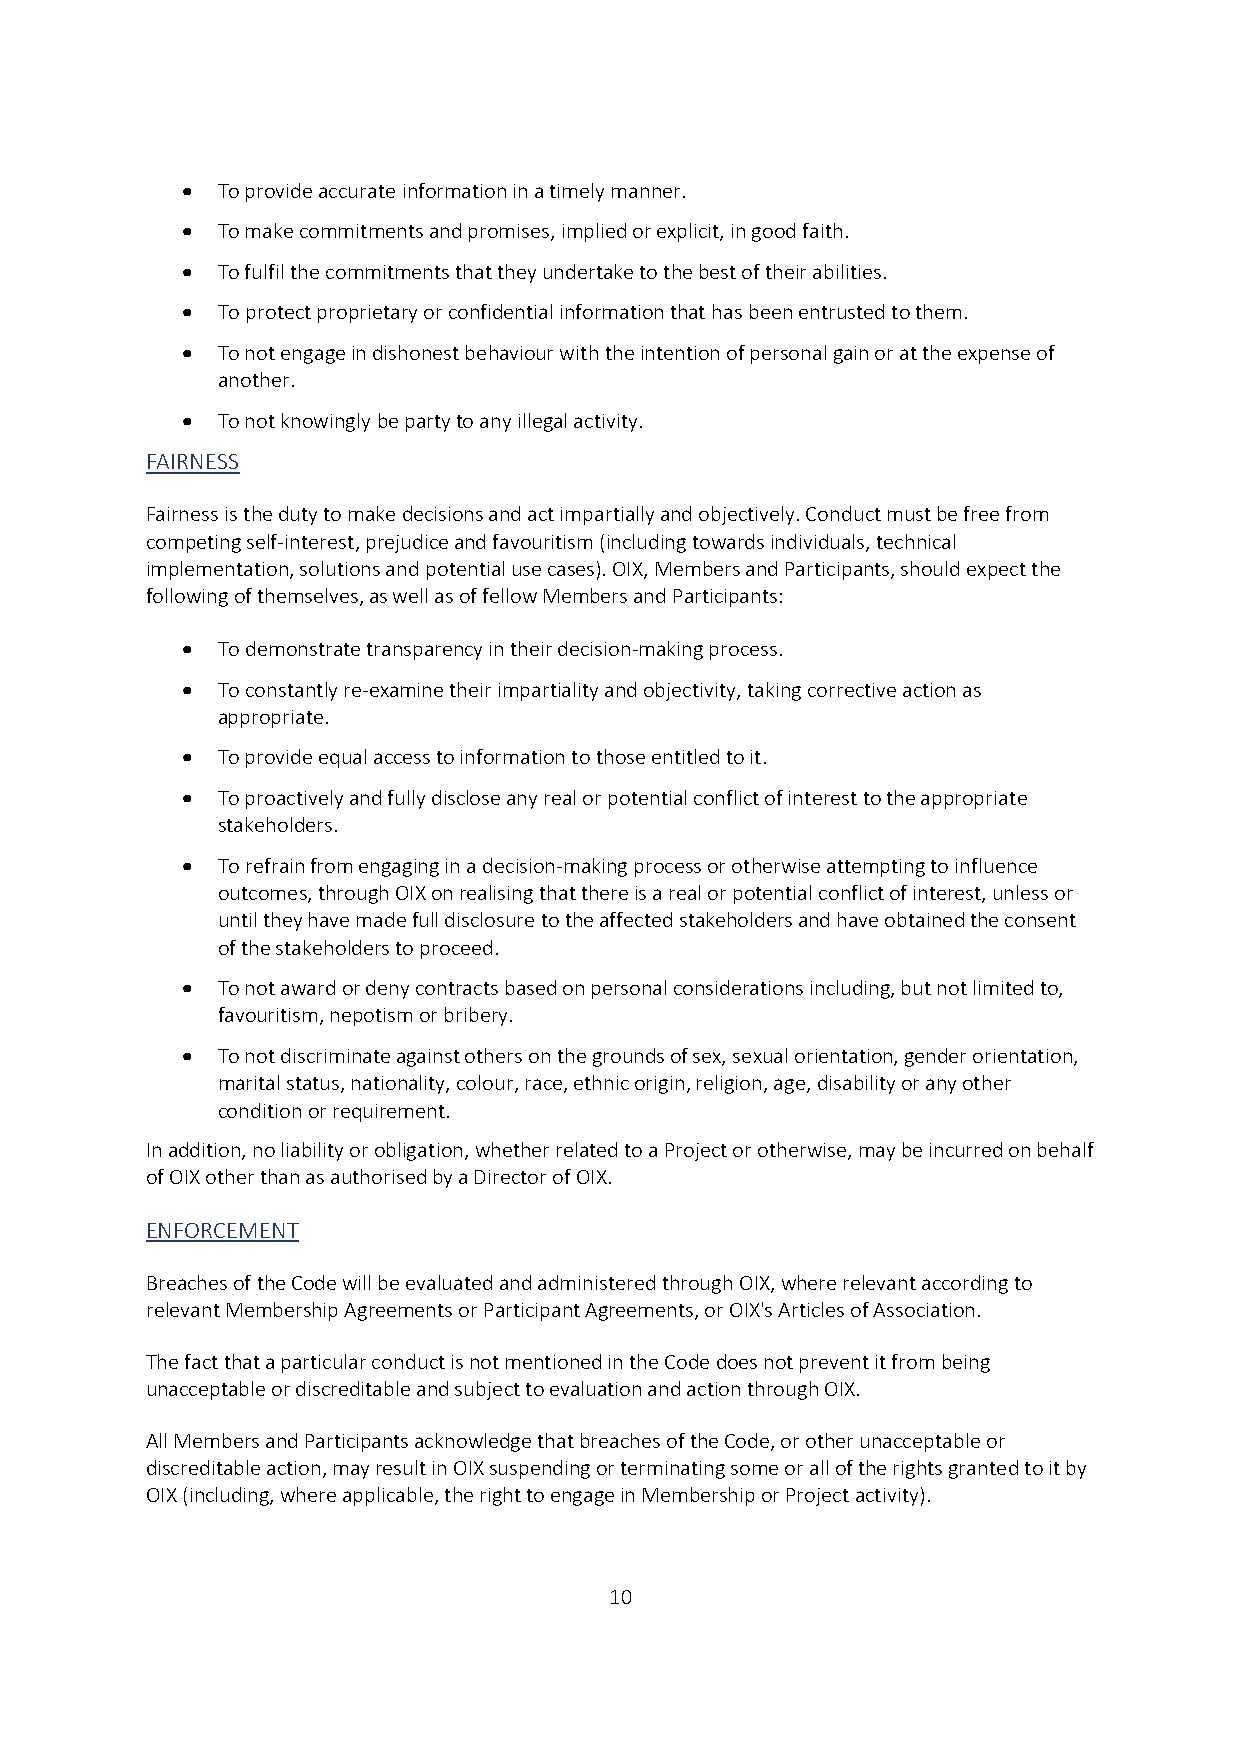
 To provide accurate information in a timely manner.
  To make commitments and promises, implied or explicit, in good faith.
  To fulfil the commitments that they undertake to the best of their abilities.
  To protect proprietary or confidential information that has been entrusted to them.
  To not engage in dishonest behaviour with the intention of personal gain or at the expense of
 another.
  To not knowingly be party to any illegal activity.
 FAIRNESS
 Fairness is the duty to make decisions and act impartially and objectively. Conduct must be free from
 competing self-interest, prejudice and favouritism (including towards individuals, technical
 implementation, solutions and potential use cases). OIX, Members and Participants, should expect the
 following of themselves, as well as of fellow Members and Participants:
  To demonstrate transparency in their decision-making process.
  To constantly re-examine their impartiality and objectivity, taking corrective action as
 appropriate.
  To provide equal access to information to those entitled to it.
  To proactively and fully disclose any real or potential conflict of interest to the appropriate
 stakeholders.
  To refrain from engaging in a decision-making process or otherwise attempting to influence
 outcomes, through OIX on realising that there is a real or potential conflict of interest, unless or
 until they have made full disclosure to the affected stakeholders and have obtained the consent
 of the stakeholders to proceed.
  To not award or deny contracts based on personal considerations including, but not limited to,
 favouritism, nepotism or bribery.
  To not discriminate against others on the grounds of sex, sexual orientation, gender orientation,
 marital status, nationality, colour, race, ethnic origin, religion, age, disability or any other
 condition or requirement.
 In addition, no liability or obligation, whether related to a Project or otherwise, may be incurred on behalf
 of OIX other than as authorised by a Director of OIX.
 ENFORCEMENT
 Breaches of the Code will be evaluated and administered through OIX, where relevant according to
 relevant Membership Agreements or Participant Agreements, or OIX's Articles of Association.
 The fact that a particular conduct is not mentioned in the Code does not prevent it from being
 unacceptable or discreditable and subject to evaluation and action through OIX.
 All Members and Participants acknowledge that breaches of the Code, or other unacceptable or
 discreditable action, may result in OIX suspending or terminating some or all of the rights granted to it by
 OIX (including, where applicable, the right to engage in Membership or Project activity).
 10